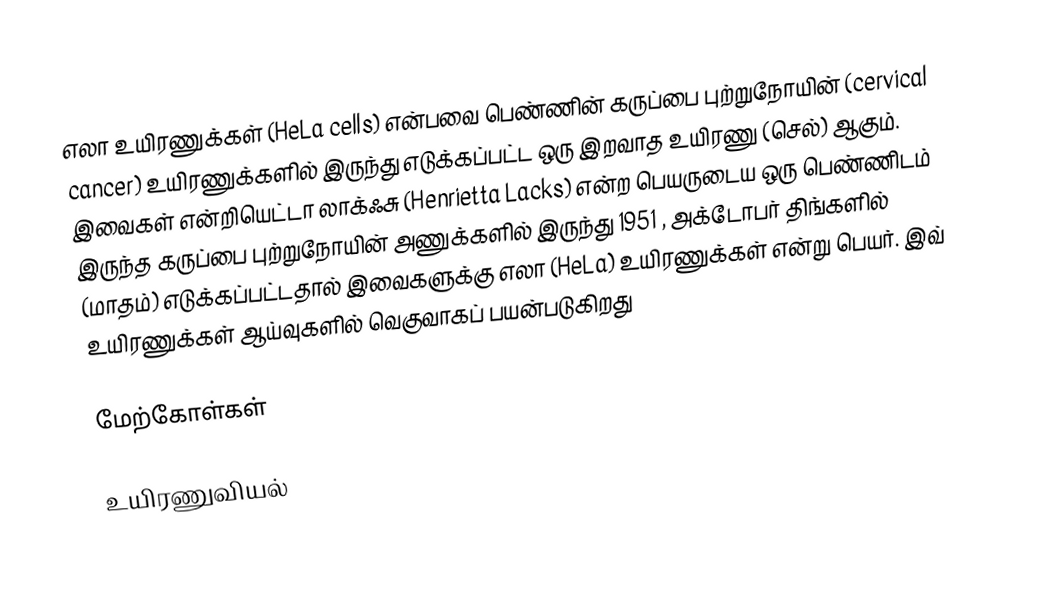
எலா உயிரணுக்கள் (HeLa cells) என்பவை பெண்ணின் கருப்பை புற்றுநோயின் (cervical cancer) உயிரணுக்களில் இருந்து எடுக்கப்பட்ட ஒரு இறவாத உயிரணு (செல்) ஆகும். இவைகள் என்றியெட்டா லாக்ஃசு (Henrietta Lacks) என்ற பெயருடைய ஒரு பெண்ணிடம் இருந்த கருப்பை புற்றுநோயின் அணுக்களில் இருந்து 1951 , அக்டோபர் திங்களில் (மாதம்) எடுக்கப்பட்டதால் இவைகளுக்கு எலா (HeLa) உயிரணுக்கள் என்று பெயர். இவ் உயிரணுக்கள் ஆய்வுகளில் வெகுவாகப் பயன்படுகிறது

மேற்கோள்கள்

உயிரணுவியல்